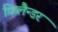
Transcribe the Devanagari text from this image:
फ़िलैन्डर